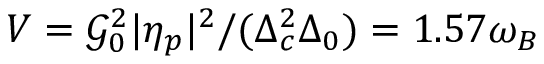
V = \mathcal { G } _ { 0 } ^ { 2 } | \eta _ { p } | ^ { 2 } / ( \Delta _ { c } ^ { 2 } \Delta _ { 0 } ) = 1 . 5 7 \omega _ { B }